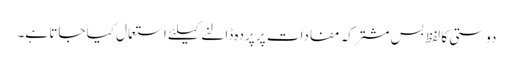
دوستی کا لفظ بس مشترکہ مفادات پر پردہ ڈالنے کیلئے استعمال کیا جاتا ہے۔